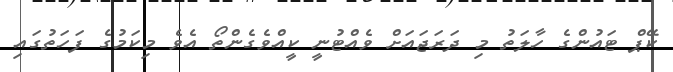
ކޭޕް ޓައުންގެ ހާލަތު މި ދަރަޖައަށް ވެއްޓުނީ ކީއްވެގެންތޯ އެވެ މިކަމުގެ ފަހަތުގައި